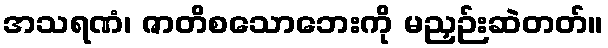
အသရဏံ၊ ဇာတိစသောဘေးကို မညှဉ်းဆဲတတ်။